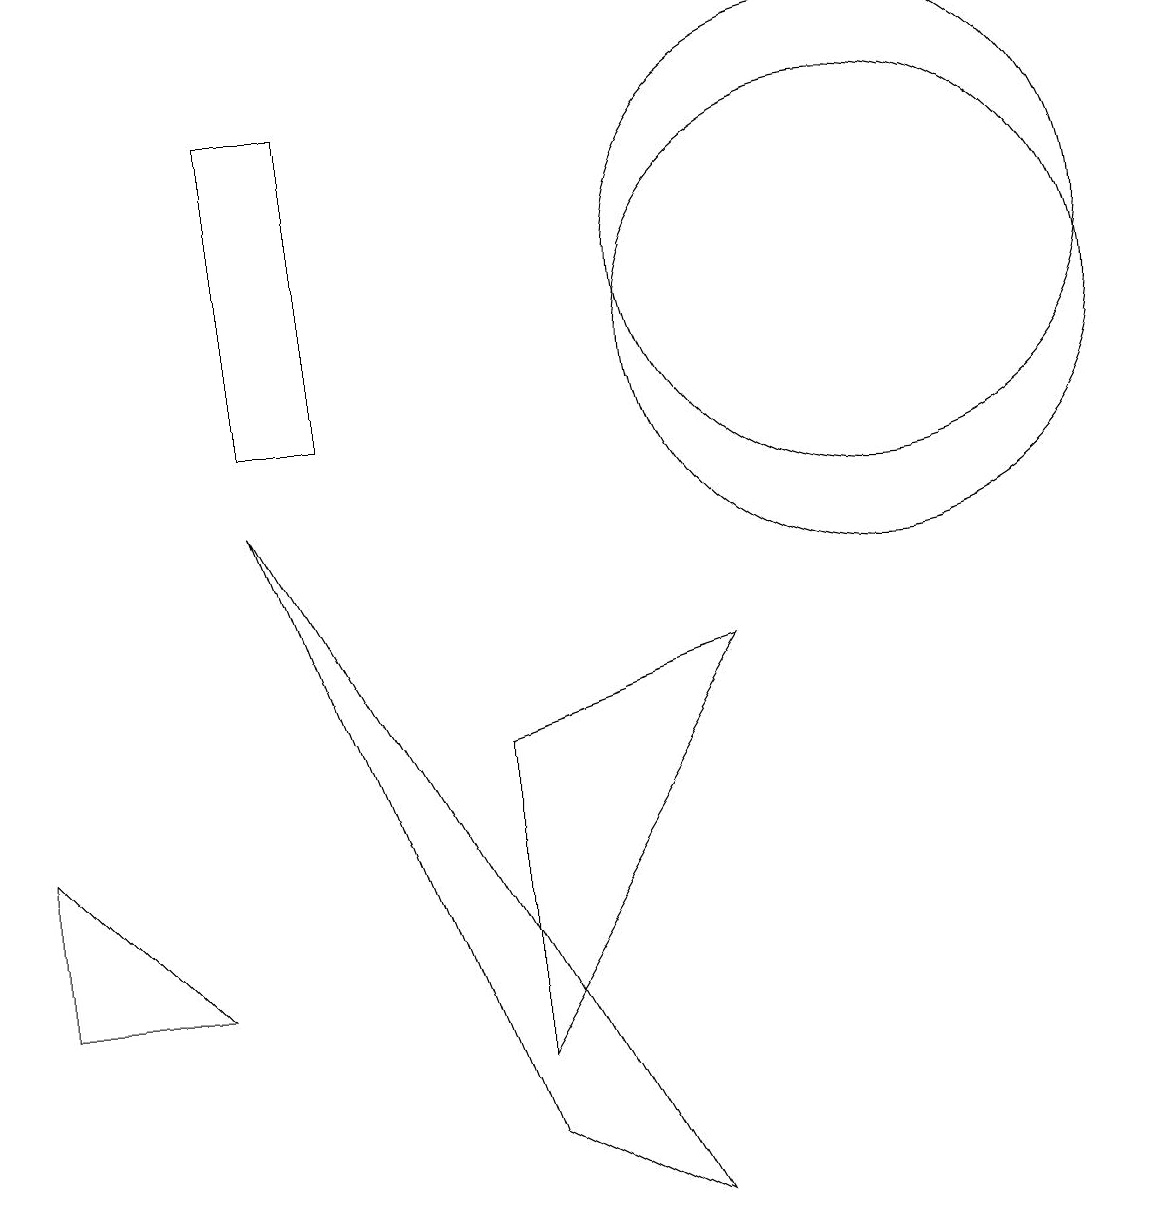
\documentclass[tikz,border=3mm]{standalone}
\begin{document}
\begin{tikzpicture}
\draw (0,3) -- (0,5) -- (2,3) -- cycle;
\draw (6,6) -- (6,2) -- (9,7) -- cycle;
\draw (11,12) circle (3);
\draw (3,9) -- (6,1) -- (8,0) -- cycle;
\draw (11,11) circle (3);
\draw (3,10) rectangle (4,14);
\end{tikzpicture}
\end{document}